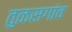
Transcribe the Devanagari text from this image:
तुळसगांव